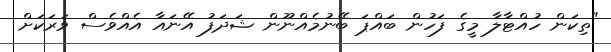
"ތިކަން ހުއްޓާލާ މީގެ ފަހުން ބައްޕަ ބޭނުމެއްނޫން ޝަދަފު އޭނައާ އެއްވެސް ވަރަކަށް